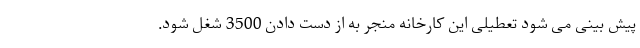
پیش بینی می شود تعطیلی این کارخانه منجر به از دست دادن 3500 شغل شود.